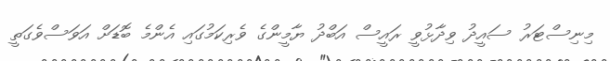
މިނިސްޓަރު ސައީދު ވިދާޅުވީ ރައީސް އަބްދު ޔާމީންގެ ވެރިކަމުގައި އެންމެ ބޮޑަށް އަވަސްވެގަތީ